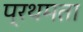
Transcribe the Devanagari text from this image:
प्रथमता